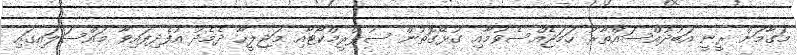
މަގާމަށް ރީނީ އަބުދުއްސައްތާރު ހަމަޖެއްސެވުމާއި ގުޅޭގޮތުން ސުޕްރީމްކޯޓާއި މަޖިލީހާ ދެމެދު އުފެދިފައިވާ މައްސަލައިގައި